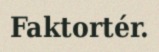
Faktortér.